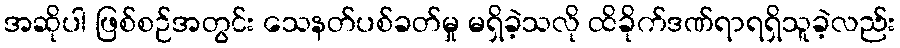
အဆိုပါ ဖြစ်စဉ်အတွင်း သေနတ်ပစ်ခတ်မှု မရှိခဲ့သလို ထိခိုက်ဒဏ်ရာရရှိသူခဲ့လည်း